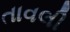
તાવલી